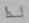
لذا